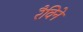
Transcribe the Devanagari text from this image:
रैविने